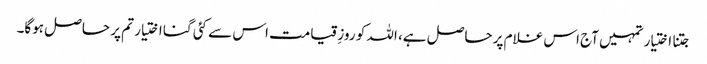
جتنا اختیار تمہیں آج اس غلام پر حاصل ہے، اللہ کو روزِ قیامت اس سے کئی گنا اختیار تم پر حاصل ہوگا۔